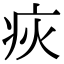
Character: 疢